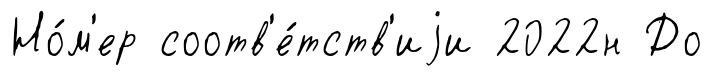
Но́м'ер соотв'е́тств'иjи 2022н До